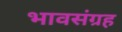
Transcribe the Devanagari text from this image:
भावसंग्रह